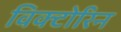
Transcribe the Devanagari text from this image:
विक्टोरिन